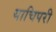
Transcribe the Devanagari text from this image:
याचिपरी